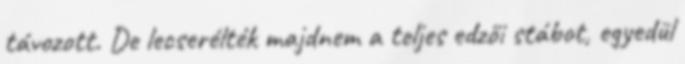
távozott. De lecserélték majdnem a teljes edzői stábot, egyedül